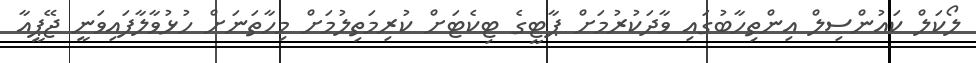
ލޯކަލް ކައުންސިލް އިންތިހާބުގައި ވާދަކުރުމަށް ޕާޓީގެ ޓިކެޓަށް ކުރިމަތިލުމަށް މިހާތަނަށް ހުޅުވާލާފައިވަނީ ޖޭޕީއާ